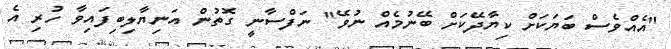
"އެއްވެސް ބަޔަކަށް ކިޔާދޭކަށް ބޭނުމެއް ނުވޭ" ނަފްސާނީ ގޮތުން އަނިޔާލިބިފައިވާ ހުރި އެ